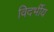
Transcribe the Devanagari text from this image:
विदर्भीय